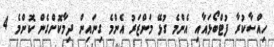
ހިއްސާކުރާ ފުޓްބޯޅައާއި އެންމެ ގުޅޭ މަންޒަރު އެންމެ ގިނައިން ދިމާކޮށްގެން ކޮންމެ 4